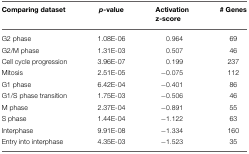
<table><thead><tr><td><b>Comparing dataset</b></td><td><b><i>p</i>-value</b></td><td><b>Activation z-score</b></td><td><b># Genes</b></td></tr></thead><tbody><tr><td>G2 phase</td><td>1.08E-06</td><td>0.964</td><td>69</td></tr><tr><td>G2/M phase</td><td>1.31E-03</td><td>0.507</td><td>46</td></tr><tr><td>Cell cycle progression</td><td>3.96E-07</td><td>0.199</td><td>237</td></tr><tr><td>Mitosis</td><td>2.51E-05</td><td>−0.075</td><td>112</td></tr><tr><td>G1 phase</td><td>6.42E-04</td><td>−0.401</td><td>86</td></tr><tr><td>G1/S phase transition</td><td>1.75E-03</td><td>−0.506</td><td>46</td></tr><tr><td>M phase</td><td>2.37E-04</td><td>−0.891</td><td>55</td></tr><tr><td>S phase</td><td>1.44E-04</td><td>−1.122</td><td>63</td></tr><tr><td>Interphase</td><td>9.91E-08</td><td>−1.334</td><td>160</td></tr><tr><td>Entry into interphase</td><td>4.35E-03</td><td>−1.523</td><td>35</td></tr></tbody></table>